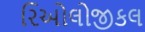
રિઓલોજીકલ